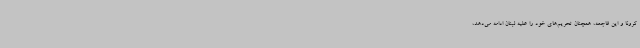
کرونا و این فاجعه، همچنان تحریم‌های خود را علیه لبنان ادامه می‌دهد،